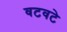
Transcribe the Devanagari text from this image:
वटवटे